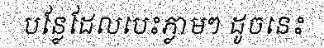
បន្លែដែលបេះភ្លាមៗ ដូចនេះ